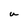
Character: u